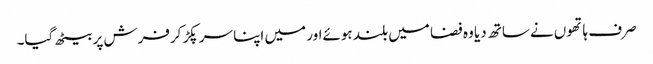
صرف ہاتھوں نےساتھ دیا وہ فضا میں بلند ہوئےاور میں اپنا سر پکڑ کرفرش پر بیٹھ گیا۔